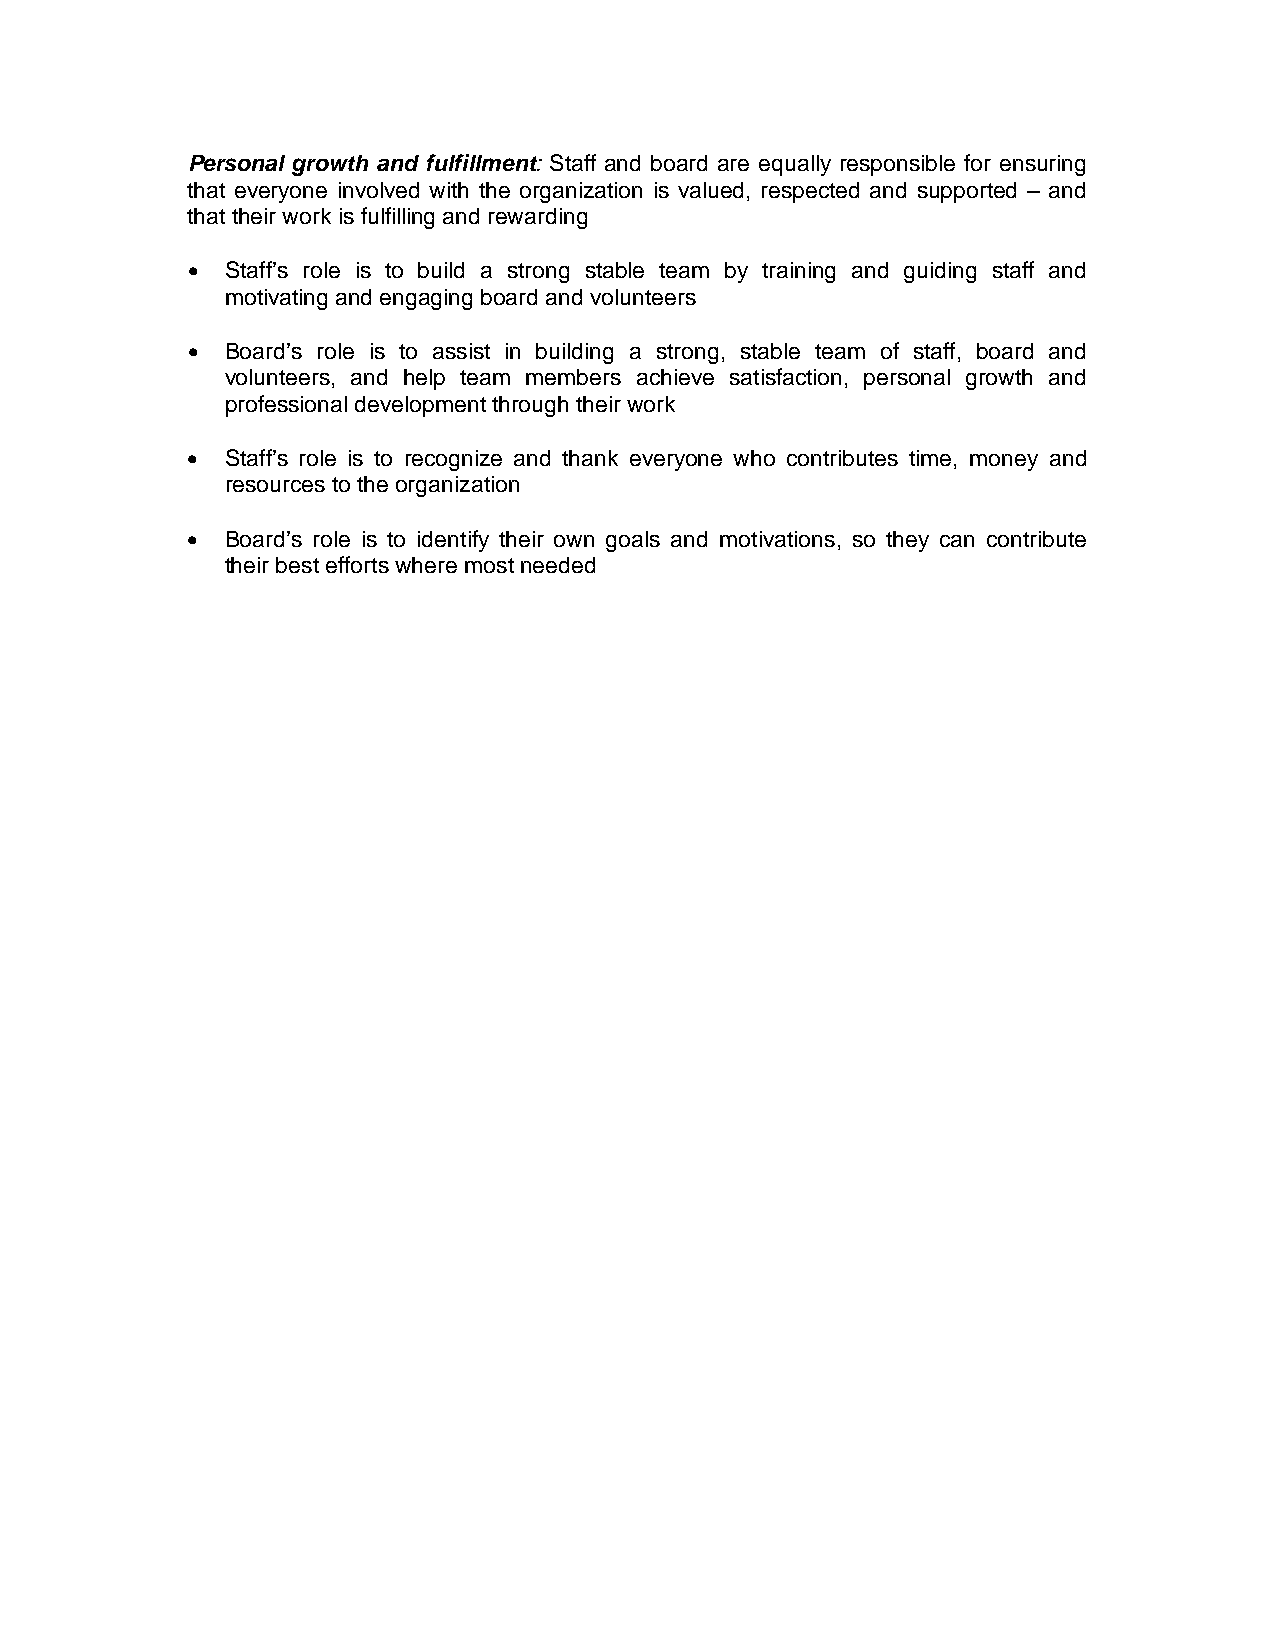
Personal growth and fulfillment: Staff and board are equally responsible for ensuring
 that everyone involved with the organization is valued, respected and supported – and
 that their work is fulfilling and rewarding
 •  Staff’s role is to build a strong stable team by training and guiding staff and
 motivating and engaging board and volunteers
 •  Board’s role is to assist in building a strong, stable team of staff, board and
 volunteers, and help team members achieve satisfaction, personal growth and
 professional development through their work
 •  Staff’s role is to recognize and thank everyone who contributes time, money and
 resources to the organization
 •  Board’s role is to identify their own goals and motivations, so they can contribute
 their best efforts where most needed